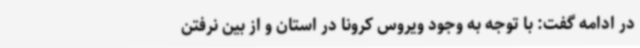
در ادامه گفت: با توجه به وجود ویروس کرونا در استان و از بین نرفتن